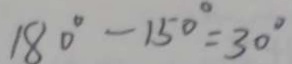
1 8 0 ^ { \circ } - 1 5 0 ^ { \circ } = 3 0 ^ { \circ }